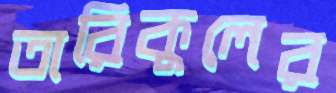
তারিকুলের